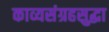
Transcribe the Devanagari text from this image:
काव्यसंग्रहसुद्धा